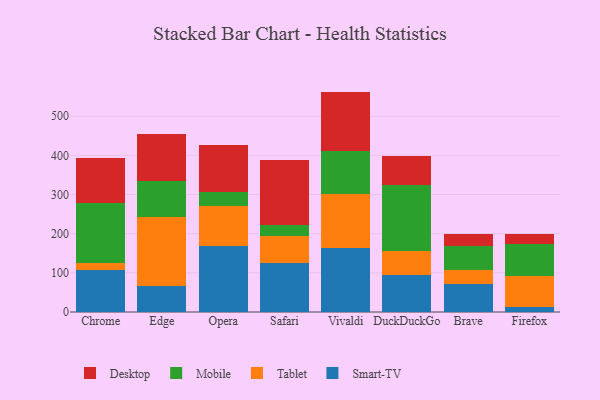
{"axis": {"x": "Browser", "y": "Humidity (%)"}, "legend": ["Desktop", "Mobile", "Smart-TV", "Tablet"], "data": [{"x": "Chrome", "y": 108.5, "type": "Smart-TV"}, {"x": "Chrome", "y": 16.8, "type": "Tablet"}, {"x": "Chrome", "y": 153.5, "type": "Mobile"}, {"x": "Chrome", "y": 115.2, "type": "Desktop"}, {"x": "Edge", "y": 66.7, "type": "Smart-TV"}, {"x": "Edge", "y": 177.1, "type": "Tablet"}, {"x": "Edge", "y": 91.5, "type": "Mobile"}, {"x": "Edge", "y": 118.7, "type": "Desktop"}, {"x": "Opera", "y": 168.0, "type": "Smart-TV"}, {"x": "Opera", "y": 101.6, "type": "Tablet"}, {"x": "Opera", "y": 37.9, "type": "Mobile"}, {"x": "Opera", "y": 119.0, "type": "Desktop"}, {"x": "Safari", "y": 124.4, "type": "Smart-TV"}, {"x": "Safari", "y": 69.6, "type": "Tablet"}, {"x": "Safari", "y": 29.0, "type": "Mobile"}, {"x": "Safari", "y": 164.2, "type": "Desktop"}, {"x": "Vivaldi", "y": 162.7, "type": "Smart-TV"}, {"x": "Vivaldi", "y": 139.4, "type": "Tablet"}, {"x": "Vivaldi", "y": 109.1, "type": "Mobile"}, {"x": "Vivaldi", "y": 151.7, "type": "Desktop"}, {"x": "DuckDuckGo", "y": 93.8, "type": "Smart-TV"}, {"x": "DuckDuckGo", "y": 61.6, "type": "Tablet"}, {"x": "DuckDuckGo", "y": 169.0, "type": "Mobile"}, {"x": "DuckDuckGo", "y": 74.9, "type": "Desktop"}, {"x": "Brave", "y": 71.3, "type": "Smart-TV"}, {"x": "Brave", "y": 36.2, "type": "Tablet"}, {"x": "Brave", "y": 61.2, "type": "Mobile"}, {"x": "Brave", "y": 29.5, "type": "Desktop"}, {"x": "Firefox", "y": 12.1, "type": "Smart-TV"}, {"x": "Firefox", "y": 78.9, "type": "Tablet"}, {"x": "Firefox", "y": 83.7, "type": "Mobile"}, {"x": "Firefox", "y": 23.6, "type": "Desktop"}]}